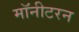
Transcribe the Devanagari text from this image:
मॉनीटरन